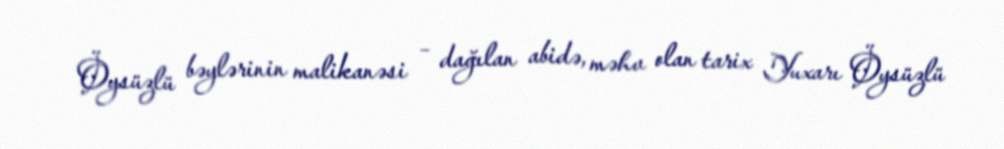
Öysüzlü bəylərinin malikanəsi – dağılan abidə, məhv olan tarix Yuxarı Öysüzlü